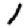
Digit: 1